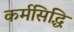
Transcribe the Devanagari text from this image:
कर्मसिद्धि